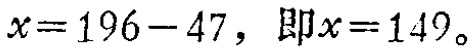
\(x = 196 - 47,\ 即x = 149。\)